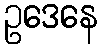
ဥဒေနေ